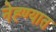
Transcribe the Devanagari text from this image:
नेह्ण्यात